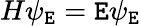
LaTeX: H\psi_{\mathtt{E}}=\mathtt{E}\psi_{\mathtt{E}}